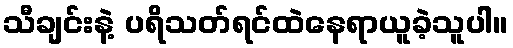
သီချင်းနဲ့ ပရိသတ်ရင်ထဲနေရာယူခဲ့သူပါ။